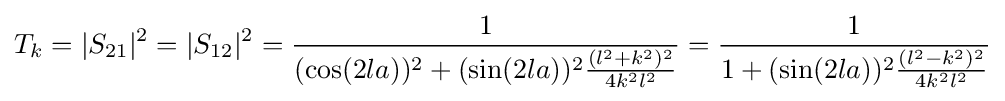
T_{k}=|S_{21}|^{2}=|S_{12}|^{2}={\frac {1}{(\cos(2la))^{2}+(\sin(2la))^{2}{\frac {(l^{2}+k^{2})^{2}}{4k^{2}l^{2}}}}}={\frac {1}{1+(\sin(2la))^{2}{\frac {(l^{2}-k^{2})^{2}}{4k^{2}l^{2}}}}}